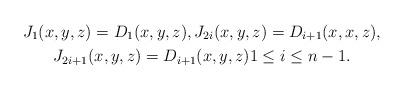
LaTeX: \begin{gather*} J_1(x,y,z) = D_1(x,y,z), J_{2i}(x,y,z) = D_{i+1}(x,x,z), \\ J_{2i+1}(x,y,z) = D_{i+1}(x,y,z) 1\leq i\leq n-1.\end{gather*}